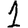
Digit: 1